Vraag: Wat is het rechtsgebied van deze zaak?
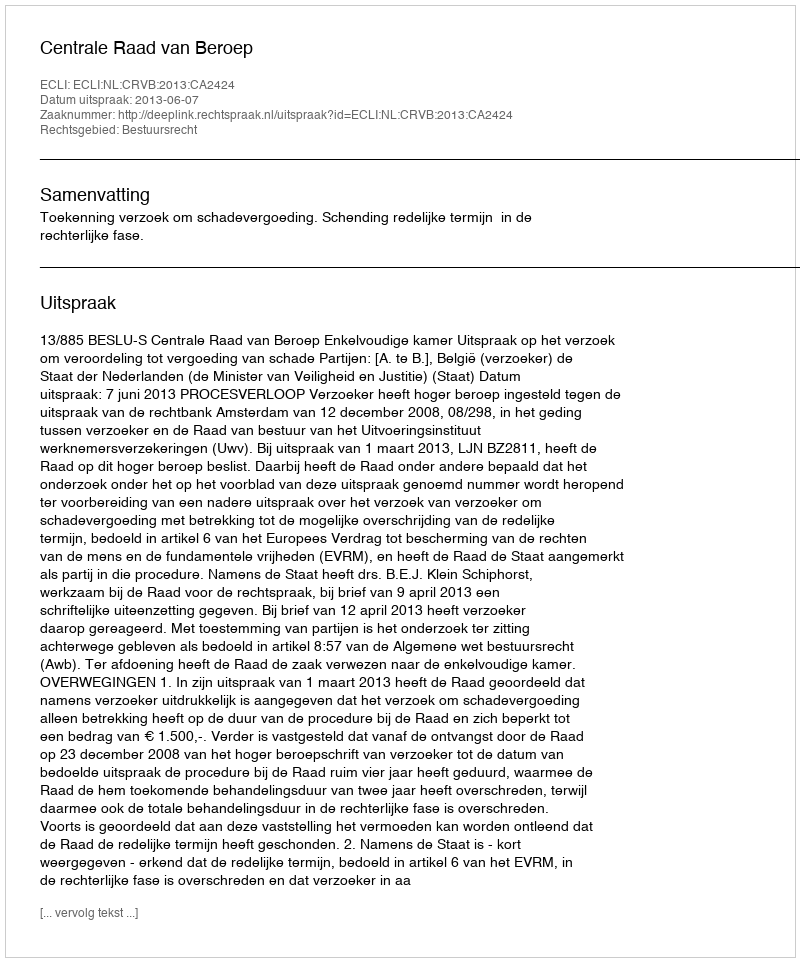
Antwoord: Bestuursrecht